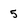
Character: 5